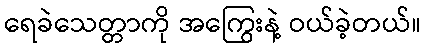
ရေခဲသေတ္တာကို အကြွေးနဲ့ ဝယ်ခဲ့တယ်။